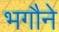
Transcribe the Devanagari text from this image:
भगौने